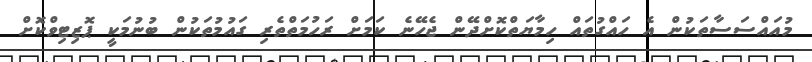
މުއައްސަސާތަކުން އެ ހައްގުތައް ހިމާޔަތްކޮށްދޭން ޖެހޭނެ ކަމަށް ރަހުމަތްތެރި ގައުމުތަކުން ބުނުމަކީ ޕޮޒިޓިވްކޮށް